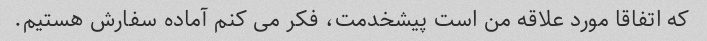
که اتفاقا مورد علاقه من است پیشخدمت، فکر می کنم آماده سفارش هستیم.